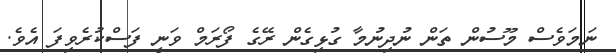
ނަމަވެސް މޫސުން ތަން ނުދިނުމާ ގުޅިގެން ރޭގެ ފޯރަމް ވަނީ ފަސްކުރެވިފަ އެވެ.